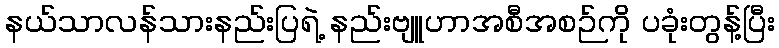
နယ်သာလန်သားနည်းပြရဲ့ နည်းဗျူဟာအစီအစဉ်ကို ပခုံးတွန့်ပြီး